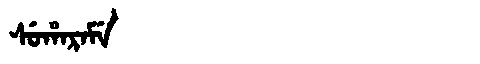
Manchu: ᠰᡠᡥᠠᡵᠠᠮᡝ
Romanization: SUHARAME